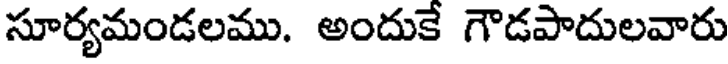
సూర్యమండలము. అందుకే గౌడపాదులవారు